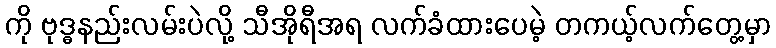
ကို ဗုဒ္ဓနည်းလမ်းပဲလို့ သီအိုရီအရ လက်ခံထားပေမဲ့ တကယ့်လက်တွေ့မှာ